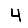
Digit: 4